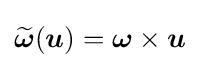
{\widetilde {\boldsymbol {\omega }}}({\boldsymbol {u}})={\boldsymbol {\omega }}\times {\boldsymbol {u}}